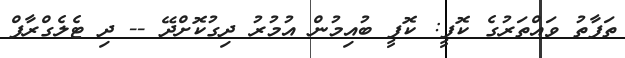
ތަފާތު ވައްތަރުގެ ކޮފީ: ކޮފީ ބުއިމުން އުމުރު ދިގުކޮށްދޭ -- ދި ޓެލެގްރާފް